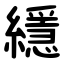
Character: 䌥